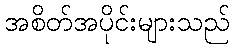
အစိတ်အပိုင်းများသည်